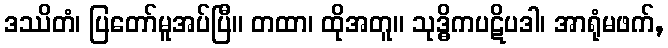
ဒဿိတံ၊ ပြတော်မူအပ်ပြီ။ တထာ၊ ထိုအတူ။ သုဒ္ဓိကပဋိပဒါ၊ အာရုံမဖက်,